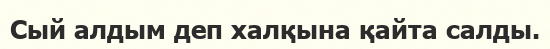
Сый алдым деп халқына қайта салды.